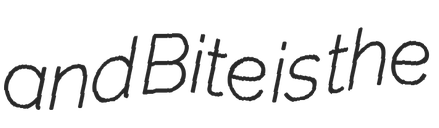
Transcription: and Bite is the